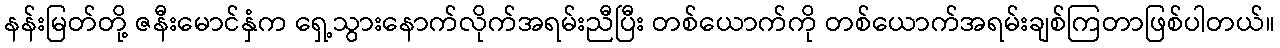
နန်းမြတ်တို့ ဇနီးမောင်နှံက ရှေ့သွားနောက်လိုက်အရမ်းညီပြီး တစ်ယောက်ကို တစ်ယောက်အရမ်းချစ်ကြတာဖြစ်ပါတယ်။